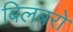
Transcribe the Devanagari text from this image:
बिलबरो